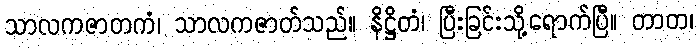
သာလကဇာတကံ၊ သာလကဇာတ်သည်။ နိဋ္ဌိတံ၊ ပြီးခြင်းသို့ရောက်ပြီ။ တာတ၊